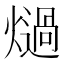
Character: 𭶏